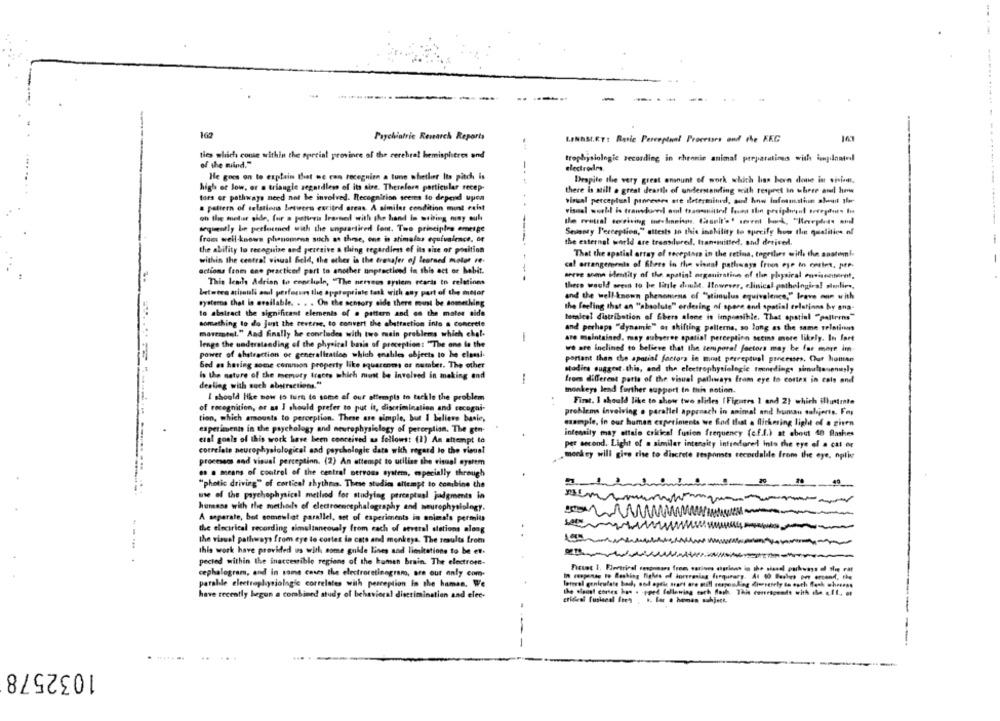
162
Psychiatrie Research Reports
ties which come within the special province of the cerebral hemispheres and
trophysiologie recording in chronie animal preparations with iunplantedl
of the wind."
electrodes.
He goes on to explain that we con roceguinn a tune whether Its pitch is
Despite the very great amount of work schich has been done in vision.
high or low, or a triangle segatdless of its aire. Therefore particular recep-
there is still a great dearth of understanding with respect in three and his
tors or pathways need not be involved. Recognition seems to depend upon
visual perceptual processes are determined, sod how Information about the
a pattern of relations between excited areas. A similar condition mont exist
oh the metur gide, for a pattoris Irasned with the hand in writing may eul
--------
sequently be performed with the unpracticed font. Two principles emerge
Semsory L'exception," attests so this inability to specify how the qualities of
from well-known phenomena such as three, one is atimalas equivalence. of
the external world are transilored, transmitted, and derived.
the ability to recognize and peargive a thing regardless of its site of position
That the spatial array of receptors in the retina, together with the anstemi-
within the central visual Beld, the other is the transfer of learned motor re-
cal arrangements of Shere in the visual pathways friun eye In costes. pP.
actions from ene practiced part to another unpracticed in this ect or habit.
This leads Adrian to enneliple, "The nervous system reards to relations
weeee somn identity of the apatint organisation of the physical envisnebernt,
these would seems to be linle dimule. Ilowever, clinical pathological stedlies,
between stimuli and perforuns the appropriate task with any part of the meler
and the well-known phenonsens of "stimulus equivalence,"" trave mun with
systemna that in available. . . . On the sensory side there must be something
the feeling that an "absolute" ordering of space and spatial erlations hy ana-
to abatract the significant elements of . pattern and on the mates side
temaical distribution of Chers alone is imponible. That opstial "paltrens"
something to do just the reverse, to convert the abstraction into a concrete
and perhaps "dynamic" or shifting pallerns, so long as the same relation
movement." And finally he concludes with two main problems which chal-
are maintained. may auberee spatial perception setins more likely. In fart
lenge the understanding of the physical basis of preception: "The one la the
power of abstraction or generalitatice which enables objects to he eleasi
we are inclined to believe that the temporal factors may be far more im.
portant than the spatial factors in most perceptual processes. Our human
Ged es having some common property like squarenens os number. The other
is the nature of the memory tracts which must be involved in making and
Madita suggest.this, and the elektrophysiologie trenedings simuttovenusly
-
from different parts of the visual palliways from eye to cortes in cals and
dealing with such abstractions."
monkeys lend further support In this notion.
I should like now to turn to some of our attempts to tackle the problem
Firat. I should like to show two slides (Figures 1 and 2) which ilustmte
of recognition, or as I should prefer to put it, discrimination and recogni-
problems involving . parallel approach in animal and human salijoris. Fay
tion, which amounts to perception. These are simple, but I believe banie,
maample, in our human experiments we Bod that a flickering light of a given
experiments in the psychology and neurophysiology of perception. The gen-
intensity may attain ericheel fusion frequency (c.f.l.) at about 40 flashes
eral goals of this work have been conceived as follows: (1) An attempt to
per second. Light of a similar intensity introdured into the eye of a cal fr
correlate neurophysiological aad psychologie data with regard to the rieus!
processos and visual perception. (2) An attempt to utilize the visual system
monkey will give rise to discrete tespoints recordalile from the eye, npliv
.. . means of control of the central nervous system, especially through
"photic driving" of cortical rhythm. These studies attempt to combine the
use of the psychophysical method for studying perceptual judgments in
humans with the methods of electroencephalography and neurophysiology.
A separate, bot somewhat parallel, set of experiments in animals permite
the electrical recording simulinneovaly from each of several stations along
the visus! pathways from eye to cortes in cats and monkeys. The results from
this work have provided us with some guide lines and limitations to be et.
pected within the inaccessible regions of the human brain. The electrose-
cephalogram, and in some cases the electroretinograno, are our anty com-
parable electrophysiologic correlates with perception in the human. We
lettel genleufate had, sod optic tract are mill serpendleg diweretely de eath ffech wherese
the clone! cortes hon . pped following coch Both. This comespends with ile cft ., et
have recently begun a combined study of behavioral discrimination and elec-
-
1032578